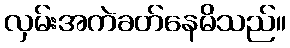
လှမ်းအကဲခတ်နေမိသည်။